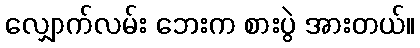
လျှောက်လမ်း ဘေးက စားပွဲ အားတယ်။